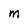
Character: M